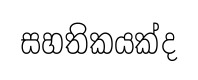
සහතිකයක්ද